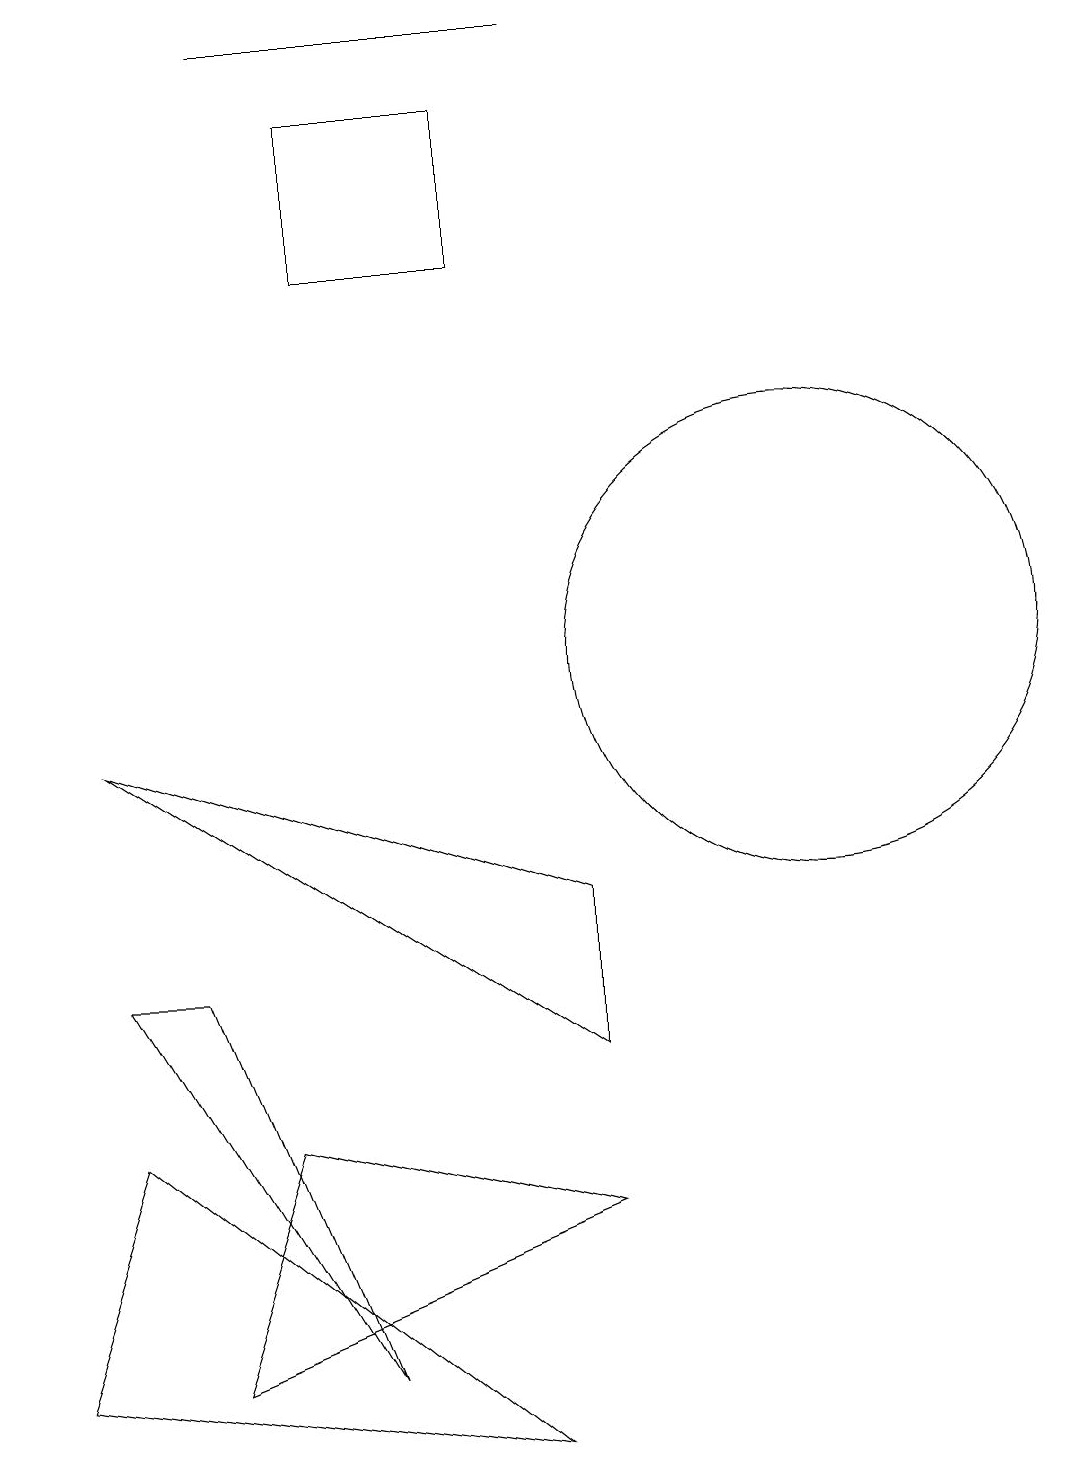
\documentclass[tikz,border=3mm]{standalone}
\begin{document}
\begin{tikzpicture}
\draw (7,0) -- (2,4) -- (1,1) -- cycle;
\draw (8,18) rectangle (4,18);
\draw (11,10) circle (3);
\draw (7,15) rectangle (5,17);
\draw (8,3) -- (4,4) -- (3,1) -- cycle;
\draw (2,9) -- (8,5) -- (8,7) -- cycle;
\draw (3,6) -- (5,1) -- (2,6) -- cycle;
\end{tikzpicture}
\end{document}